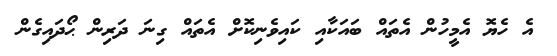
އެ ހެޔޮ އެމީހުން އެތައް ބައަކާއި ކައިވެނިކޮށް އެތައް ގިނަ ދަރިން ޙޯދައިގެން